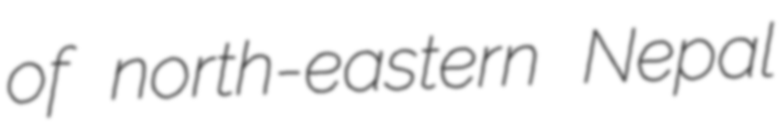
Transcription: of north-eastern Nepal